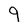
Character: 9